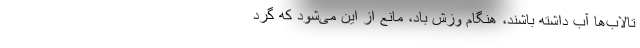
تالاب‌ها آب داشته باشند، هنگام وزش باد، مانع از این می‌شود که گرد